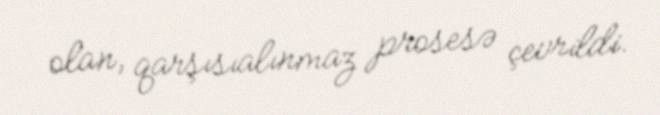
olan, qarşısıalınmaz prosesə çevrildi.